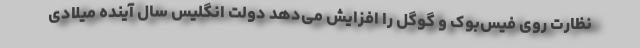
نظارت روی فیس‌بوک و گوگل را افزایش می‌دهد دولت انگلیس سال آینده میلادی